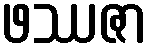
ဖဿဇာ